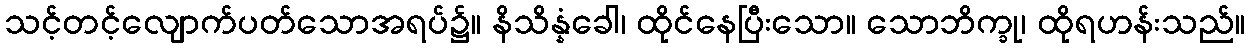
သင့်တင့်လျောက်ပတ်သောအရပ်၌။ နိသိန္နံခေါ၊ ထိုင်နေပြီးသော။ သောဘိက္ခု၊ ထိုရဟန်းသည်။